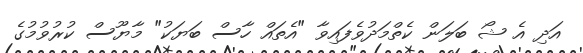
އަދި އެ ޝޯ ބަލަން ކެތްމަދުވެފައިވާ "އެތައް ހާސް ބަޔަކު" މާޔޫސް ކުރުވުމުގެ